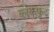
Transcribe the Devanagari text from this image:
ब्लेकफूट